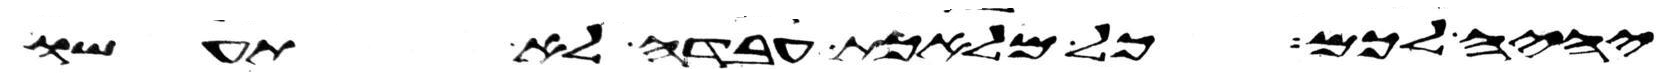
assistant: יהיה לכם כל מלאכת עבדה לא תעשו